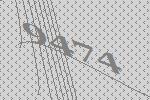
9474